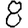
Digit: 8